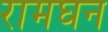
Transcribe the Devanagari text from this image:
रामघन